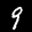
Label: 9